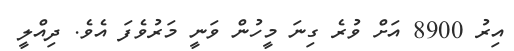
އިރު 8900 އަށް ވުރެ ގިނަ މީހުން ވަނީ މަރުވެފަ އެވެ. ދިއްލީ